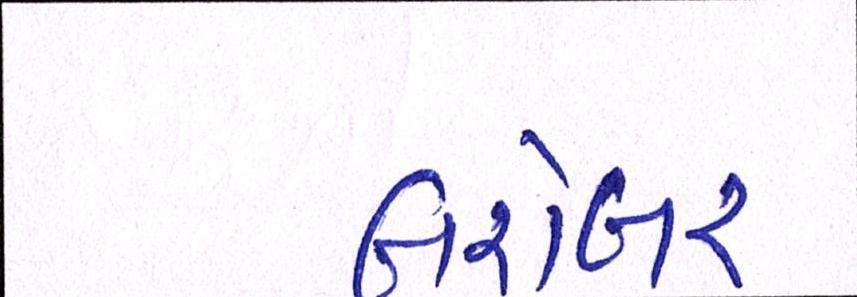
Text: બરોબર